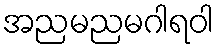
အညမညမဂါရဝါ